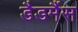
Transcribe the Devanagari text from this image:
डैडमैंस